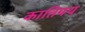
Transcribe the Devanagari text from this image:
कातिपय